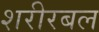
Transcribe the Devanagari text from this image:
शरीरबल